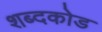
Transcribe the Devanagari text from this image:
शब्दकोड